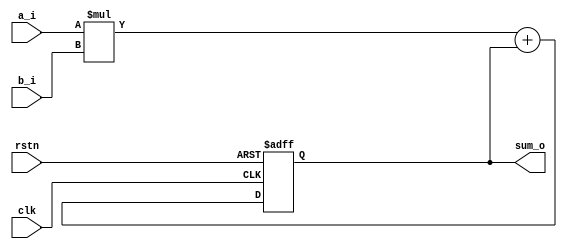
module mac #(
  parameter iwidth = 4,
  parameter swidth = 10
)(
  input clk, rstn,
  input  [iwidth-1:0] a_i,
  input  [iwidth-1:0] b_i,
  output [swidth-1:0] sum_o
);

  reg [swidth-1:0] sum_reg;
  wire [swidth-1:0] sum_w;

  always @ (posedge clk or negedge rstn) begin
    if (!rstn) sum_reg <= {swidth{1'b0}};
    else #(0.01) sum_reg <= sum_w;
  end

  assign sum_w = a_i * b_i + sum_reg;
  assign sum_o = sum_reg;
endmodule